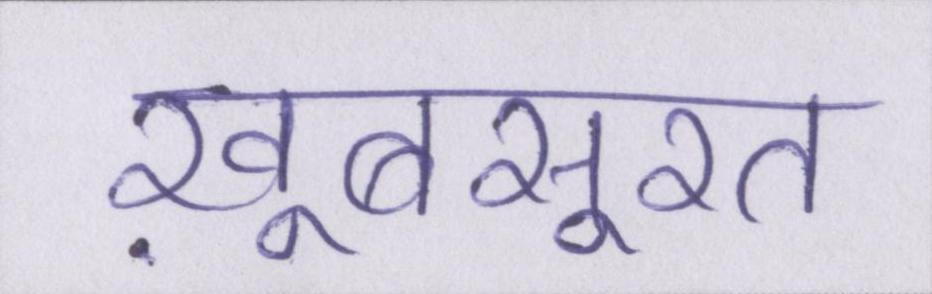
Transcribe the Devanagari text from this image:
ख़ूबसूरत